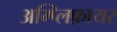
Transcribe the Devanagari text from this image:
अम्प्लिफ़ायर